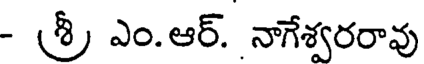
- శ్రీ ఎం.ఆర్. నాగేశ్వరరావు